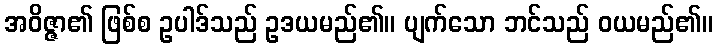
အဝိဇ္ဇာ၏ ဖြစ်စ ဥပါဒ်သည် ဥဒယမည်၏။ ပျက်သော ဘင်သည် ဝယမည်၏။